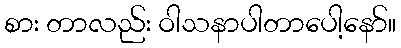
စား တာလည်း ဝါသနာပါတာပေါ့နော်။